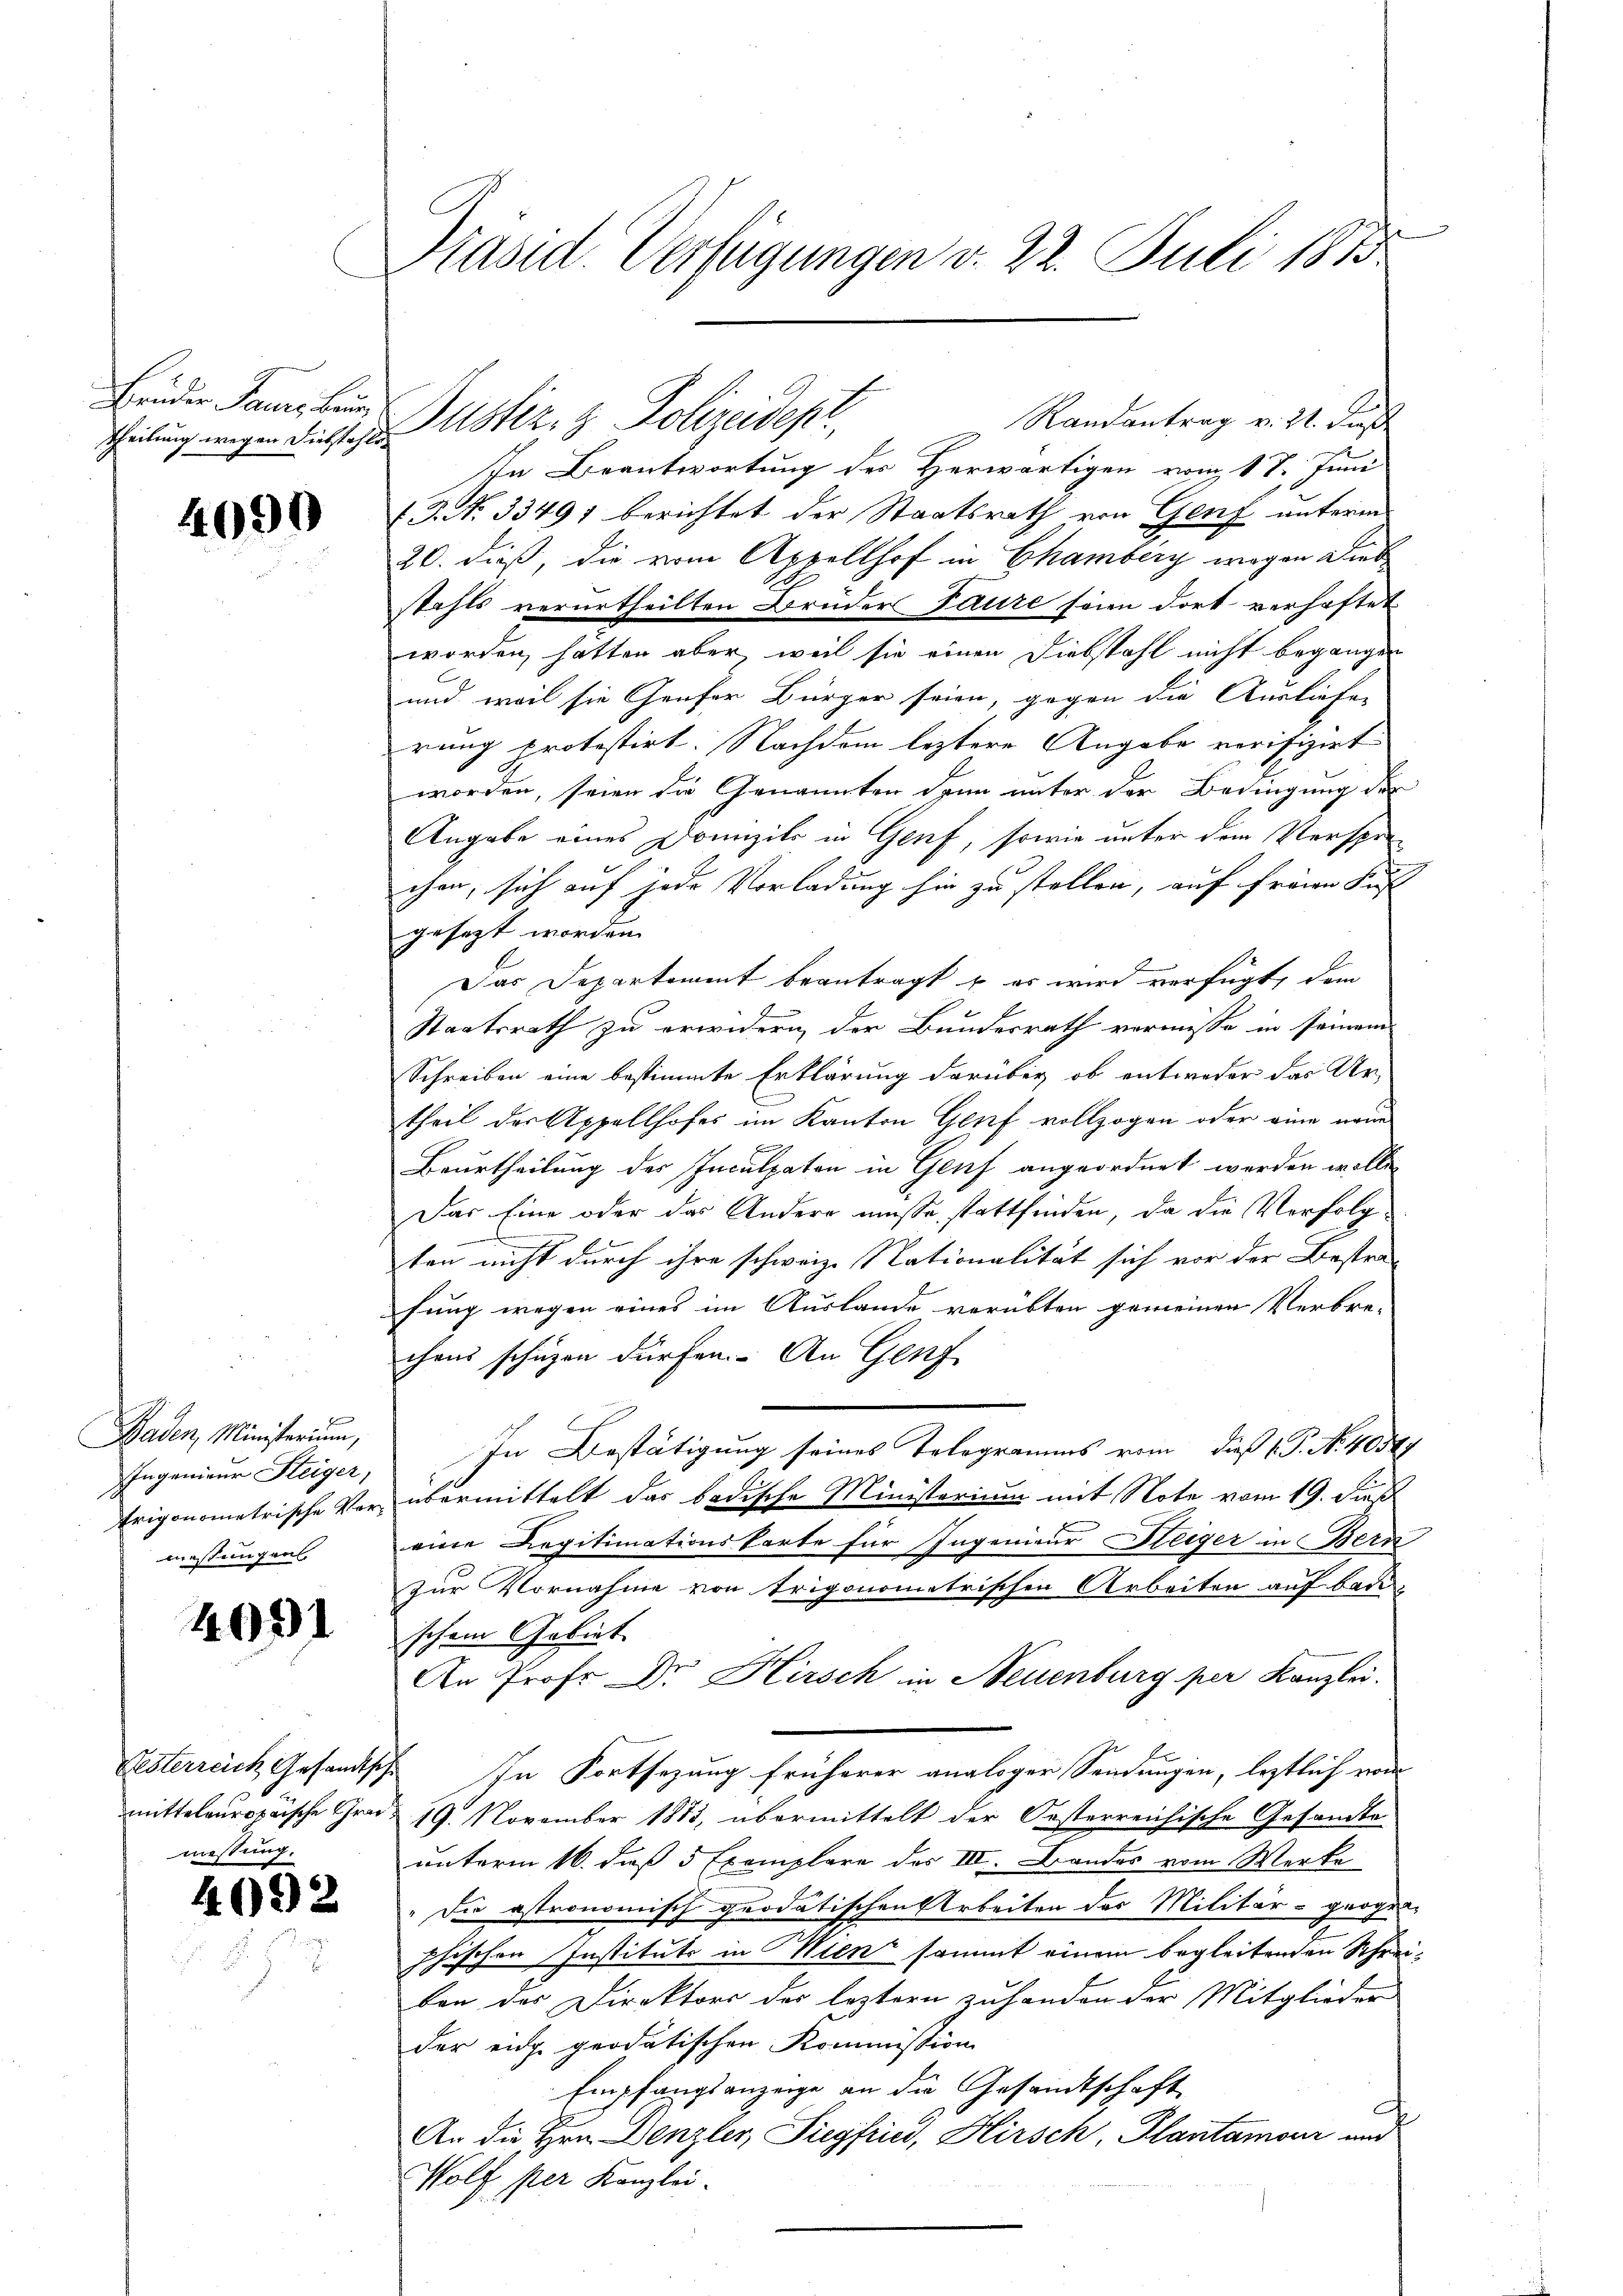
Frenen Bernen
Theilung wegen Diebstahle

4090

Baden, Ministerium,
Ingenieur Steiger,
Erigonometrische Vor
Wüestungen

4091

mittelouropaische Grad
messung.

4092

Präsid. Verfügungen v. 22. Juli 1875

Randantrag v. 21. Ders
In Beantwortung des Herwärtigen vom 17. Juni
f. J. No. 33491 berichtet der Staatsrath von Genf unterm
20. dieß die vom Appellhof in Chamberg wegen Dieb
stahls verurtheilten Brüder Paure seien dort verhaftet
worden hätten aber, weil sie einen Diebstahl nicht begangen
und weil sie Genfer Bürger seien, gegen die Ausliefen
rung protestirt. Nachdem leztere Angabe verifizirt
worden, seien die Genannten dann unter der Bedingung der
Angabe eines Domizils in Genf, sowie unter dem Versprechen, sich auf jede Vorladung hin zu stellen, auf freien Sust
gesezt worden.
Das Departement beantragt u es wird verfügt, dem
Staatsrath zu erwidern der Bundesrath vermisse in seinem
Schreiben eine bestimmte Erklärung darüber ob entweder das Ur-
theil der Appellhofes im Kanton Genf vollzogen oder eine neue
Br
Beurtheilung des Inculpaten in Genf angeordnet werden wolle,
Das Eine oder das Andere müsse stattfinden, da die Verfolg
ten nicht durch ihre schweiz. Nationalität sich vor der Bestra-
fung wegen eines im Auslande verübten gemeinen Verbre-
chens schüzen dürfen. An Genf
In Bestätigung seines Telegramms vom dieß P. No. 40547
übermittelt das badische Ministerium mit Note vom 19. dieß
eine Legitimationskarte für Ingenieur Steiger in Bern
zur Vornahme von Trigonometrischen Arbeiten auf baue
schen Gebiet
An Prof. Dr Hirsch in Neuenburg per Kanzlei.
Pesterreich Gesandtsche In Fortsetzung früherer analoger Sendungen, lestlich von
19. November 1883, übermittelt der Oesterreichische Gesandte-
unterm 16. daß 5 Exemplare des III. Bandes vom Werke
"Die astronomisch quodatischen Arbeiten des Militär-grogen-
phischen Institute in Miten sammt einem begleitenden Schreibon der Direktors der leztern zuhanden der Mitglieder
der eidg. geodatischen Kommission
Empfangsanzeige an die Gesandtschaft
An die Hrn. Denzler, Siegfried, Hirsch, Plantamour und
Wolf per Kanzlei.

Justiz- & Polizeidep